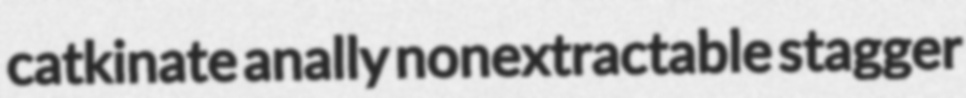
catkinate anally nonextractable stagger